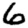
Digit: 6